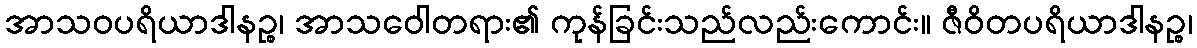
အာသဝပရိယာဒါနဉ္စ၊ အာသဝေါတရား၏ ကုန်ခြင်းသည်လည်းကောင်း။ ဇီဝိတပရိယာဒါနဉ္စ၊